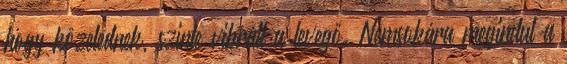
hogy közelednek, szinte vibrált a levegő. Nemsokára megindul a